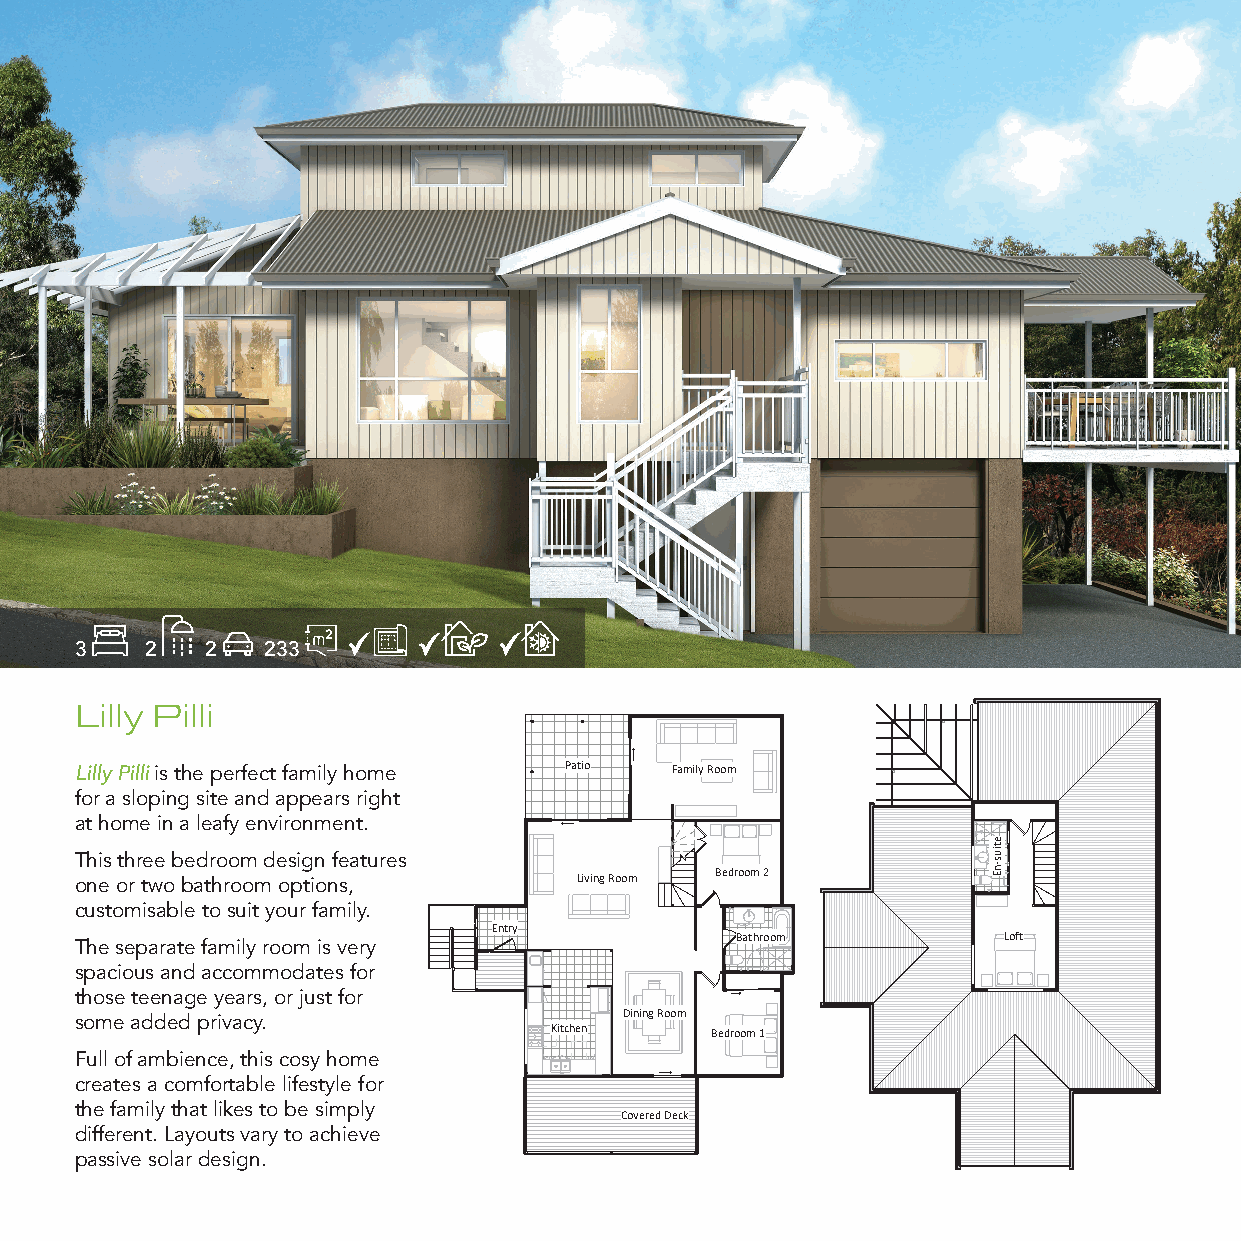
3    2   2   233
 Lilly Pilli
 Lilly Pilli is the perfect family home Patio FamilPya Rtoioom Family Room
 for a sloping site and appears right
 at home in a leafy environment.
 This three bedroom design features
 one or two bathroom options, Living Room LBiveindgro Roomom 2 Bedroom 2
 customisable to suit your family.
 Entry    Entry
 Bathroom Bathroom         Loft     Loft
 The separate family room is very
 spacious and accommodates for
 those teenage years, or just for
 some added privacy.        Dining Room Dining Room
 Kitchen KitcheBnedroom 1 Bedroom 1
 Full of ambience, this cosy home
 creates a comfortable lifestyle for
 the family that likes to be simply
 Covered Deck Covered Deck
 different. Layouts vary to achieve
 passive solar design.
 Rustic Touch Pty Ltd Rustic Touch Pty Ltd
 Glenning Valley NSW Glenning Valley NSW
 w2 w2 w61 .r u0 s2 t4 ic3 t o8 u9 c1 h 5 .c5 o1 m w2 w2 w61 .r u0 s2 t4 ic3 t o8 u9 c1 h 5 .c5 o1 m THIS DRAWING AND TH RE E I PN RF OO DR UM CA ET DIO INN AC NO YN WTA AIN Y E WDT I THH HEIS OR DE UIRN TA TIWS H S EINU EGB X J PAE RNC EDT S T ST OH WR EC RE OI PIN TP RF TY OO ER NDRIG U M PH CEAT ERT DMAIO N IINSND S A C IM ONO NA YN Y WOT NA FAIO N RYT UE W DB STIE TH I CC HE O OR TEP OU© II UN TE C D C TIO S, HH UP S EPY US TEER B YXDI J PG LE RO TH C EDRT T S T S O W C RO ITP TY ER NIG PH ET R MAN ISD S IM ONAY O N FO RT U B STE I CC O TP O© I UEC D CO , H UP PY S TER YDI G L O TH DRT
 MA
 70:43:11
 6102/90/82
 MA
 70:43:11
 6102/90/82
 etius-nE etius-nE